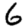
Digit: 6